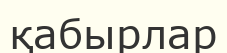
қабырлар